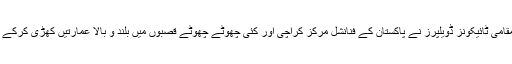
دبئی کی تعمیراتی کمپنیوں اور مقامی ٹائیکونز ڈویلپرز نے پاکستان کے فنانشل مرکز کراچی اور کئی چھوٹے چھوٹے قصبوں میں بلند و بالا عمارتیں کھڑی کرکے وہاں کا حلیہ ہی تبدیل کردیا ہے۔